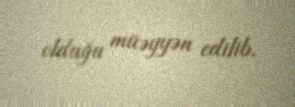
olduğu müəyyən edilib.